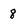
Character: 8